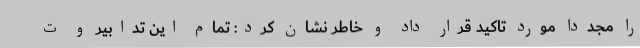
را مجددا مورد تاکید قرار داد و خاطر نشان کرد: تمام این تدابیر و ت